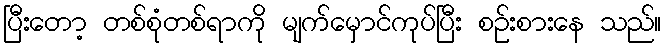
ပြီးတော့ တစ်စုံတစ်ရာကို မျက်မှောင်ကုပ်ပြီး စဉ်းစားနေ သည်။